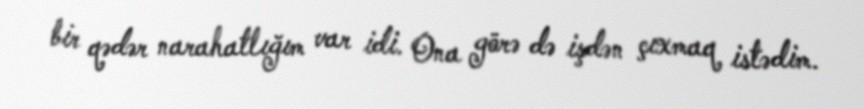
bir qədər narahatlığım var idi. Ona görə də işdən çıxmaq istədim.